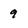
Character: 9